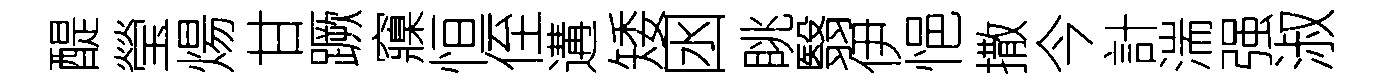
醍瑩煬甘蹶䆿恒侄遘矮囦眺翳伊悒撒今計湍强淑